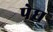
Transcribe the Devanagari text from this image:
पेघ